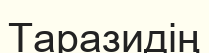
Таразидің